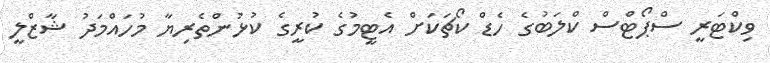
ވިކްޓަރީ ސްޕޯޓްސް ކްލަބުގެ ހެޑް ކޯޗަކަށް އެޓީމުގެ ކުރީގެ ކުޅުންތެރިޔާ މުހައްމަދު ޝާޒްލީ